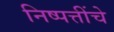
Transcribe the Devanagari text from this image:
निष्पत्तींचे